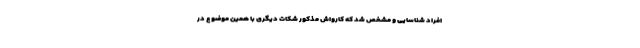
افراد شناسایی و مشخص شد که کارواش مذکور شکات دیگری با همین موضوع در